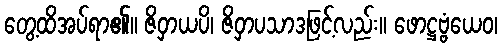
တွေ့ထိအပ်ရာ၏။ ဇိဝှာယပိ၊ ဇိဝှာပသာဒဖြင့်လည်း။ ဖောဋ္ဌဗ္ဗံယေဝ၊